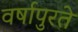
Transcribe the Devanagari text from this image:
वर्षापुरते